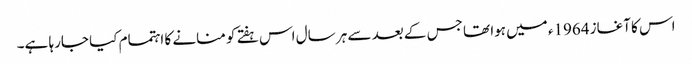
اس کا آغاز 1964ء میں ہوا تھا جس کے بعد سے ہر سال اس ہفتے کو منانے کا اہتمام کیا جارہا ہے۔